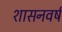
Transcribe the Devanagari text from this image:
शासनवर्ष